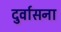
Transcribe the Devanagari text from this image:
दुर्वासना